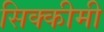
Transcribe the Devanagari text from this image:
सिक्कीमी